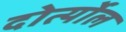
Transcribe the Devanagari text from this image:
दोर्त्योल